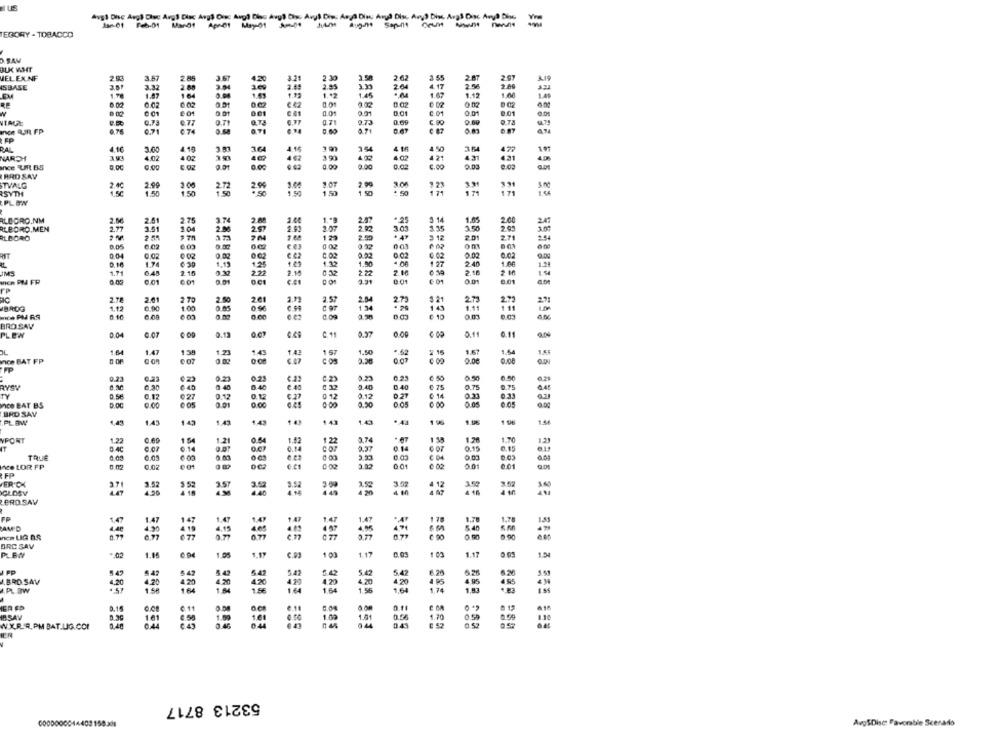
EGORY - TOBACCO
3.SAM
BUK WMT
2.07
VEL EX.NF
293
3.57
2 .85
3.67
4.20
2.30
2.62
3.55
2-AT
115
ISBASE
3.51
3.32
2.08
3.04
2.41
2.85
204
4.17
2.56
2.80
1.78
1.47
1.64
1.53
1 .* 2
1.45
1.67
1.12
1.0
1.49
6.02
0.02
0.01
0.02
0.01
0.01
0.01
C.O
0.01
8.01
0.73
6.77
0.71
0.71
2.73
0.00
0.71
om
4.16
3.00
4.18
364
4 M6
3. 54
472
197
4 31
431
NARDI
3.93
4.02
402
421
0.03
ince UR BS
0.00
0.00
2.00
0.02
C.OC
0.00
BRO SAV
TVALG
2.4℃
2.90
1.00
2.99
3.3
SYTH
1.50
1.50
2.72
1.50
1.50
1.71
1.71
PLEW
ALBORO.NM
2.51
2.75
3.74
2.57
1.05
2.00
247
RLBORO,MEN
2.77
3.51
1.04
2.00
3.07
365
3.50
2.65
3.0
RLBORO
129
5 12
2.01
2.71
2.54
0.05
6.02
0 02
9.22
0.03
om
0.04
0.02
0.02
0.02
0.02
0.02
1.74
1.13
1.32
1.90
2.40
1.60
1.71
2.16
237
2.2
2.06
2.18
2 10
1.54
WICH PN FR
0 01
601
3.31
0.01
0.01
FP
201
ac
2.78
2.61
2 70
2.50
2.57
2.73
$ 21
27
27
BADG
1.12
6.90
1.00
0.05
1 34
1 49
Hice PM RS
0.10
0.00
0.09
0.10
om
BROSAV
0.04
0.07
0.13
0.37
0.11
0.11
PLEW
1.64
1.47
138
1.21
1.43
1.43
157
1.50
. 62
# 15
1.67
1.54
nce BAT FP
00
0.00
0.23
0.23
023
0.23
C.23
0.22
0.50
6.50
6 40
04
6 75
0.75
RYSY
9.40
0.2
0.33
TY
0.5€
0.17
027
0.12
0 12
3.12
0 14
0.33
nce BAT BS
0.00
0.01
0.00
0.50
0.00
BRD SAV
PLOW
4,43
1.45
143
1.43
143
143
1.43
196
150
12
1.70
VPONT
1.22
0.69
1 54
1.21
122
0.15
0.15
1.2
0.14
0.C
0.14
0.37
TRUE
6.05
Ace LOR FP
0.02
₾ 02
00
0.01
FP
ER.CK
3.52
3 52
2.57
3.52
3.52
4 12
GLOSY
4.90
4 18
EROSAV
FP
1.47
1.47
178
1,70
14
5.40
AND
ICH LIG A.S
BRC SAV
PLEW
.. 02
1 M
6.94
1.19
103
1.17
1.03
1.17
5.42
6.20
547
5.47
5.42
.BRO. SAV
4.20
4.20
420
4 20
4 95
4 95
4 95
.PLOW
1.54
1.56
1,74
1.03
0.15
. 15
IBSAV
1.01
0.11
0.59
161
W.X.R.R.PM BAT.LIG.COF
955 8 985 858
ER
53213 8717
AvgSDisc Favorable Scenado